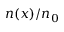
n ( x ) / n _ { 0 }